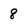
Character: 8